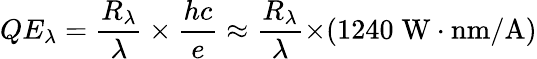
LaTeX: QE_{\lambda}={\frac{R_{\lambda}}{\lambda}}\times{\frac{hc}{e}}\approx{\frac{R_{\lambda}}{\lambda}}{\times}(1240\; \mathrm{{W}}\cdot\mathrm{{nm/A}})